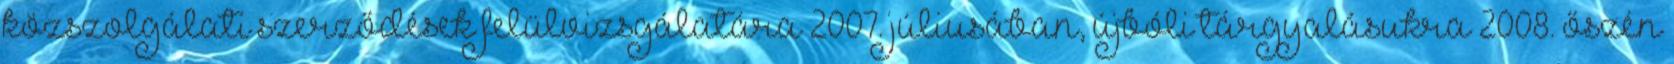
közszolgálati szerződések felülvizsgálatára 2007. júliusában, újbóli tárgyalásukra 2008. őszén